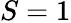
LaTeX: S=1